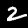
Digit: 2